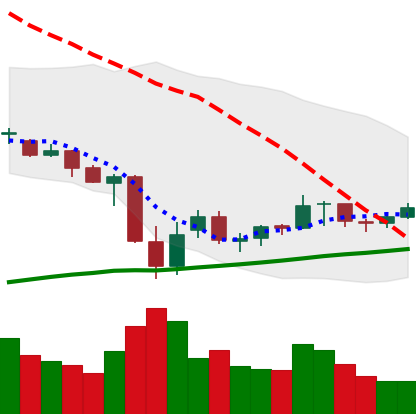
Ticker: XRP-USD
Chart end date: 2021-07-04
Forward return: -8.366%
Label: down_7plus